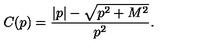
C ( p ) = \frac { | p | - \sqrt { p ^ { 2 } + M ^ { 2 } } } { p ^ { 2 } } .